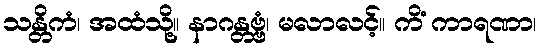
သန္တိကံ၊ အထံသို့။ နာဂန္တဗ္ဗံ၊ မလာလင့်။ ကိံ ကာရဏာ၊